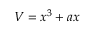
V = x ^ { 3 } + a x